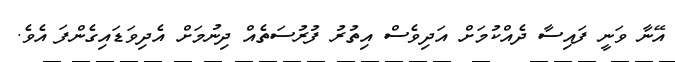
އޭނާ ވަނީ ފައިސާ ދެއްކުމަށް އަދިވެސް އިތުރު ފުރުސަތެއް ދިނުމަށް އެދިވަޑައިގެންފަ އެވެ.